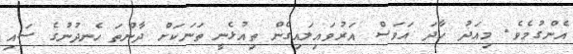
އެންގުމެވެ. މިއަދު ހާދަ އަވަސް އަރުވައިލައިގެން ތިއުޅެނީ ތަނަކަށް ދާންތަ ހެނދުނުގެ ސައި